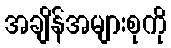
အချိန်အများစုကို